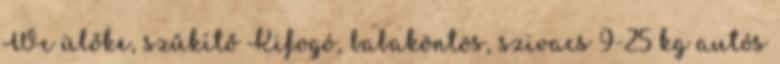
Wc ülőke, szűkítő Kifogó, babaköntös, szivacs 9-25 kg autós